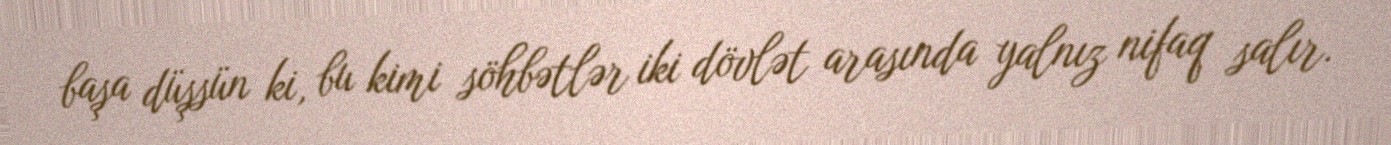
başa düşsün ki, bu kimi söhbətlər iki dövlət arasında yalnız nifaq salır.